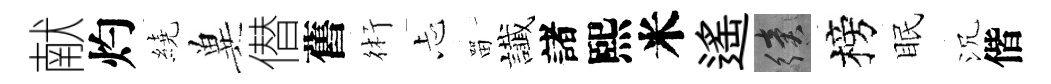
献灼繞兾僣舊術忐㽞䜟諸熙米遙續榜眠沉偕